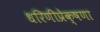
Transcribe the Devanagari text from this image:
धरिणीप्रेक्षणा